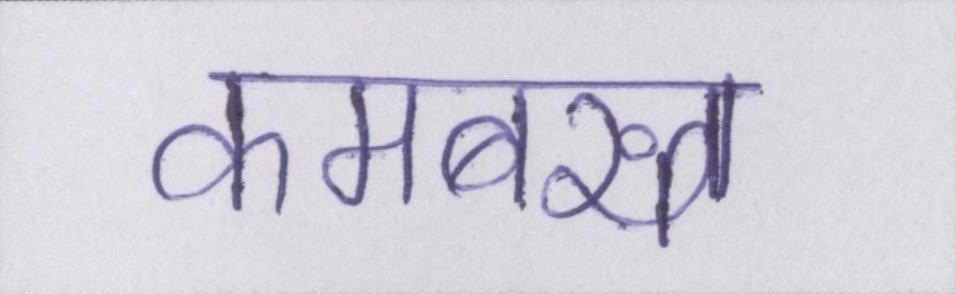
कमबख्त